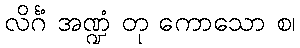
လိင်္ဂံ အဏ္ဍံ တု ကောသော စ၊